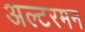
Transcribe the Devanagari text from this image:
अल्टरमन